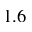
1 . 6